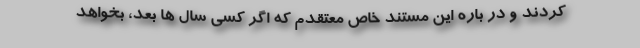
کردند و در باره این مستند خاص معتقدم که اگر کسی سال ها بعد، بخواهد